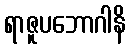
ရာဇူပဘောဂါနိ